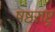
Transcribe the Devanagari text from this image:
षष्ठराष्ट्र